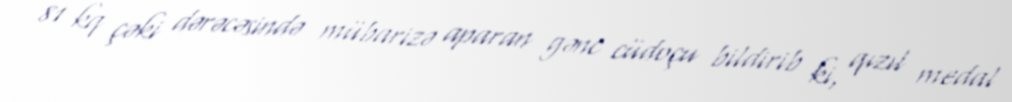
81 kq çəki dərəcəsində mübarizə aparan gənc cüdoçu bildirib ki, qızıl medal